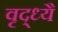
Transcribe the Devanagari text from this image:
वृद्ध्यै